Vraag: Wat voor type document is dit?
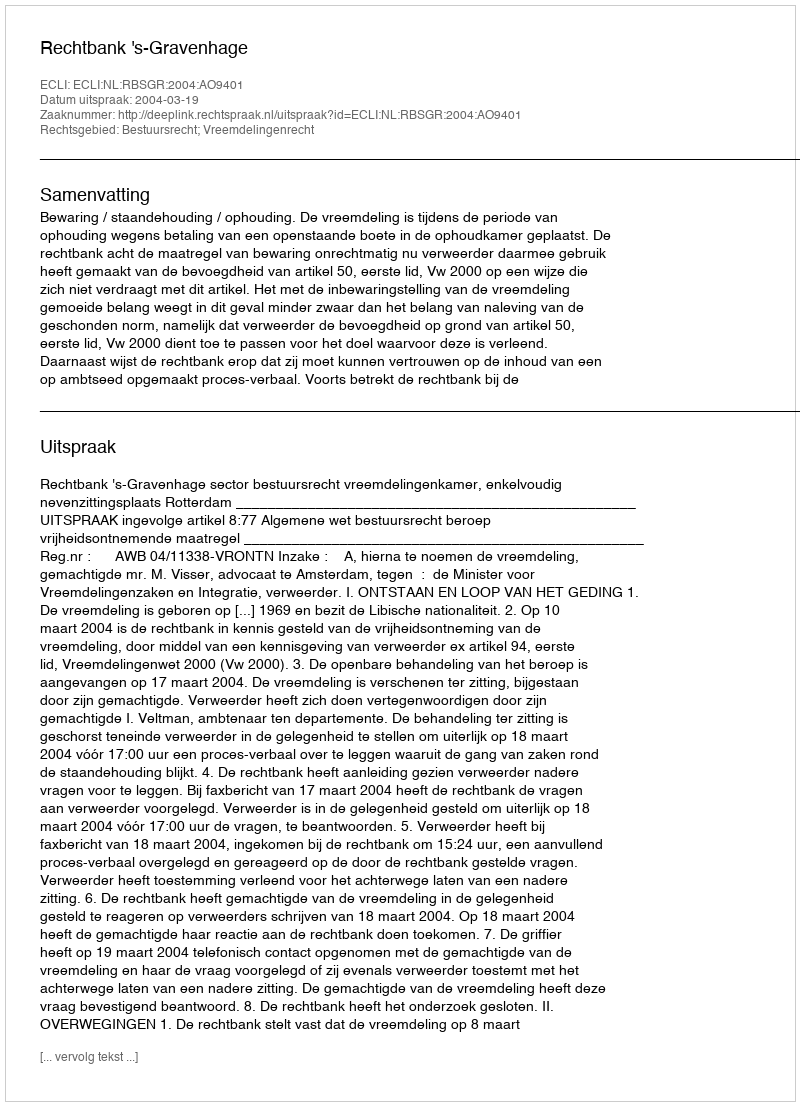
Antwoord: Uitspraak